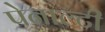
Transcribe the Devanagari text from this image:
पेनाल्‍टी